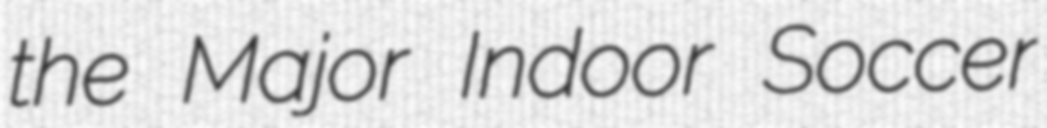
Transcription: the Major Indoor Soccer